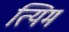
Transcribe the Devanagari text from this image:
त्यिम